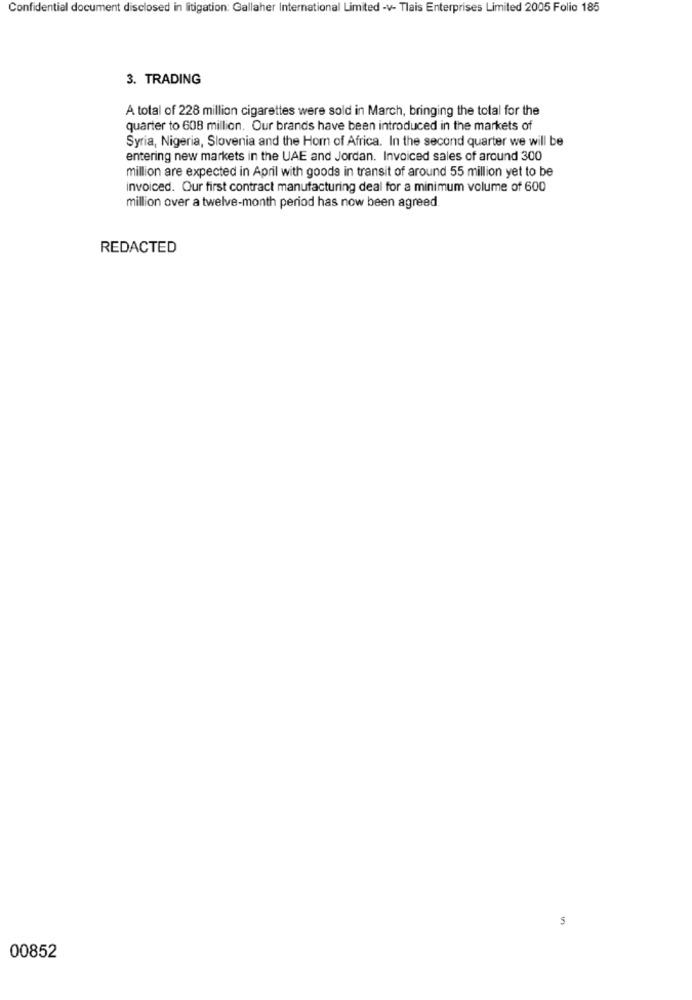
Confidential document disclosed in litigation: Gallaher International Limited -v- Tlais Enterprises Limited 2005 Folio 185
3. TRADING
A total of 228 million cigarettes were sold in March, bringing the total for the
quarter to 608 million. Our brands have been introduced in the markets of
Syria, Nigeria, Slovenia and the Horn of Africa. In the second quarter we will be
entering new markets in the UAE and Jordan. Invoiced sales of around 300
million are expected in April with goods in transit of around 55 million yet to be
invoiced. Our first contract manufacturing deal for a minimum volume of 600
million over a twelve-month period has now been agreed
REDACTED
in
00852